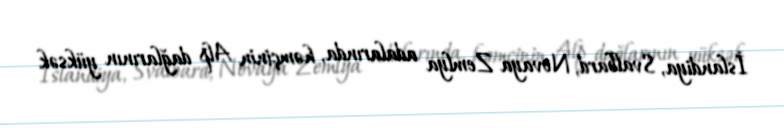
İslandiya, Svalbard, Novaya Zemlya adalarında, həmçinin Alp dağlarının yüksək